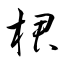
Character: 桾